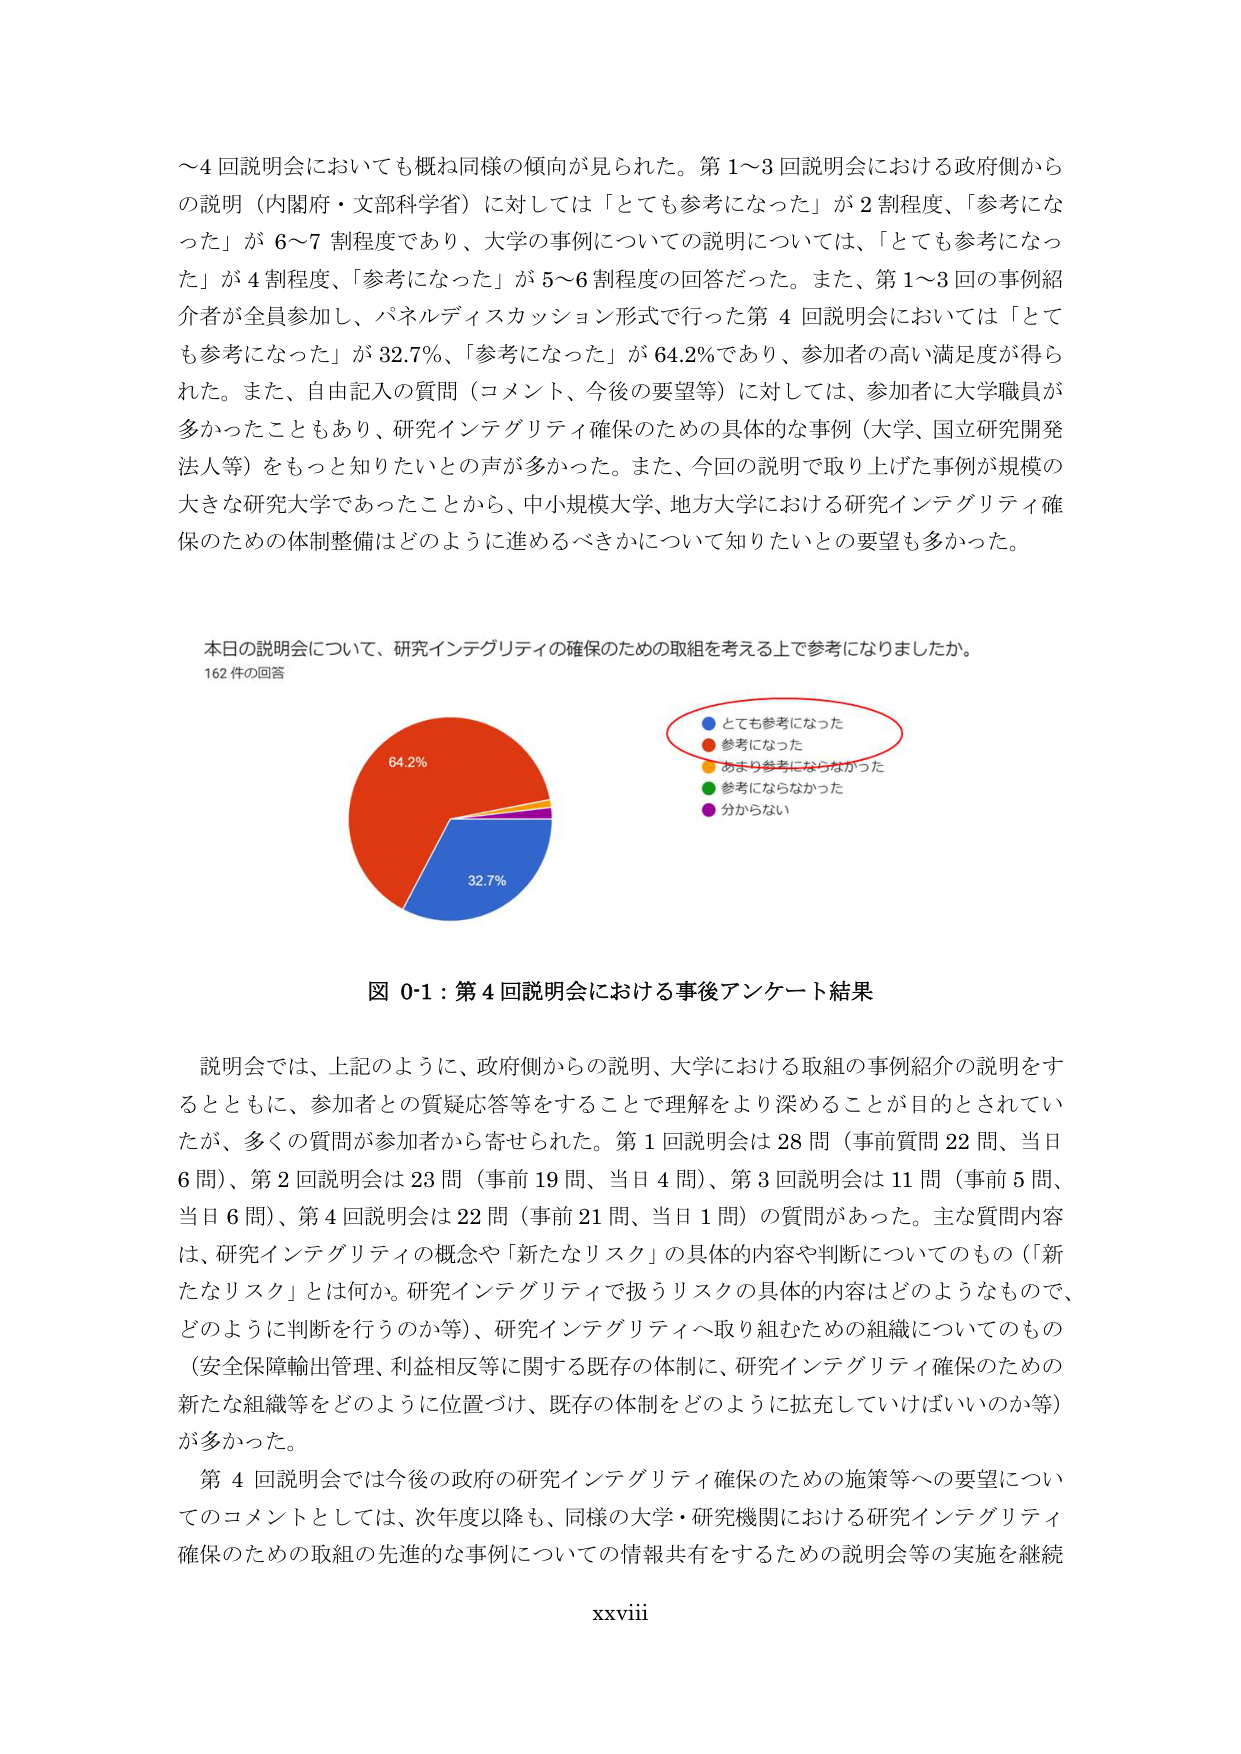
～4回説明会においても概ね同様の傾向が見られた。第1～3回説明会における政府側からの説明（内閣府・文部科学省）に対しては「とても参考になった」が2割程度、「参考になった」が6～7割程度であり、大学の事例についての説明については、「とても参考になった」が4割程度、「参考になった」が5～6割程度の回答だった。また、第1～3回の事例紹介者が全員参加し、パネルディスカッション形式で行った第4回説明会においては「とても参考になった」が32.7％、「参考になった」が64.2％であり、参加者の高い満足度が得られた。また、自由記入の質問（コメント、今後の要望等）に対しては、参加者に大学職員が多かったこともあり、研究インテグリティ確保のための具体的な事例（大学、国立研究開発法人等）をもっと知りたいとの声が多かった。また、今回の説明で取り上げた事例が規模の大きな研究大学であったことから、中小規模大学、地方大学における研究インテグリティ確保のための体制整備はどのように進めるべきかについて知りたいとの要望も多かった。

本日の説明会について、研究インテグリティの確保のための取組を考える上で参考になりましたか。
162件の回答

とても参考になった
参考になった
あまり参考にならなかった
参考にならなかった
分からない

64.2%
32.7%

図0-1：第4回説明会における事後アンケート結果

説明会では、上記のように、政府側からの説明、大学における取組の事例紹介の説明をするとともに、参加者との質疑応答等をすることで理解をより深めることが目的とされていたが、多くの質問が参加者から寄せられた。第1回説明会は28問（事前質問22問、当日6問）、第2回説明会は23問（事前19問、当日4問）、第3回説明会は11問（事前5問、当日6問）、第4回説明会は22問（事前21問、当日1問）の質問があった。主な質問内容は、研究インテグリティの概念や「新たなリスク」の具体的内容や判断についてのもの（「新たなリスク」とは何か。研究インテグリティで扱うリスクの具体的内容はどのようなもので、どのように判断を行うのか等）、研究インテグリティへ取り組むための組織についてのもの（安全保障輸出管理、利益相反等に関する既存の体制に、研究インテグリティ確保のための新たな組織等をどのように位置づけ、既存の体制をどのように拡充していけばいいのか等）が多かった。

第4回説明会では今後の政府の研究インテグリティ確保のための施策等への要望についてのコメントとしては、次年度以降も、同様の大学・研究機関における研究インテグリティ確保のための取組の先進的な事例についての情報共有をするための説明会等の実施を継続

xxviii